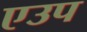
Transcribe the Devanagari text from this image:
एउप